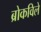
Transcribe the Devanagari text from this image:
ब्रोकविले